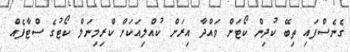
ގެނެސްފައި ތިބޭ ކުދިން ކޯޓަށް ވައްދާ އިރަށް ކުއްލިއަކަށް ކްރިމިނަލް ކޯޓުގެ ސްޓާފެއް